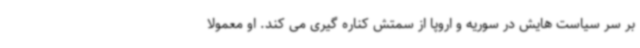
بر سر سیاست هایش در سوریه و اروپا از سمتش کناره گیری می کند. او معمولا